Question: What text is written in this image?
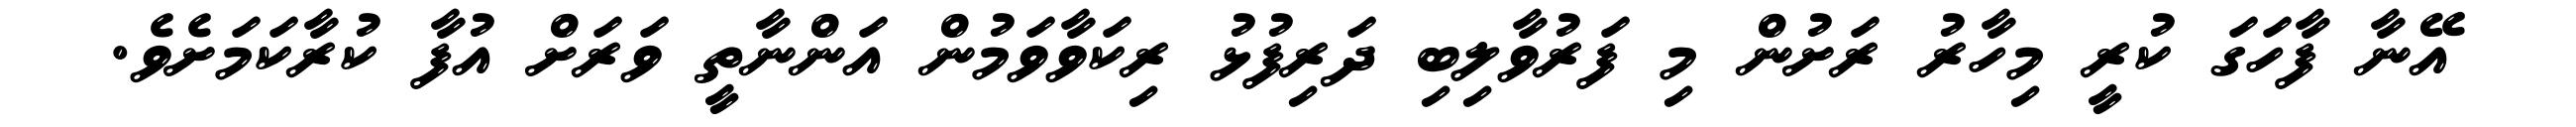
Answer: އޭނާ ފާހަގަ ކުރީ މިހާރު ރަށުން މި ފަރުވާލިބި ދަރިފުޅު ރިކަވާވަމުން އަންނާތީ ވަރަށް އުފާ ކުރާކަމަށެވެ.